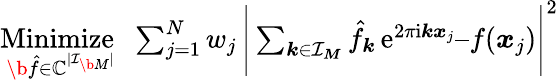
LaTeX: \begin{array}{r}{\underset{\b{\hat{f}}\in\mathbb C^{|\mathcal I_{\b{M}}|}}{\mathrm{Minimize~}}\, \, \sum_{j=1}^{N}w_{j}\, \Bigg|\sum_{\boldsymbol k\in\mathcal I_{\boldsymbol M}}\hat{f}_{\boldsymbol k}\, \mathrm e^{2\pi\mathrm i\boldsymbol k\boldsymbol x_{j}}–f(\boldsymbol x_{j})\Bigg|^{2}}\end{array}